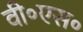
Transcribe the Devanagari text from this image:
वी॰एस॰